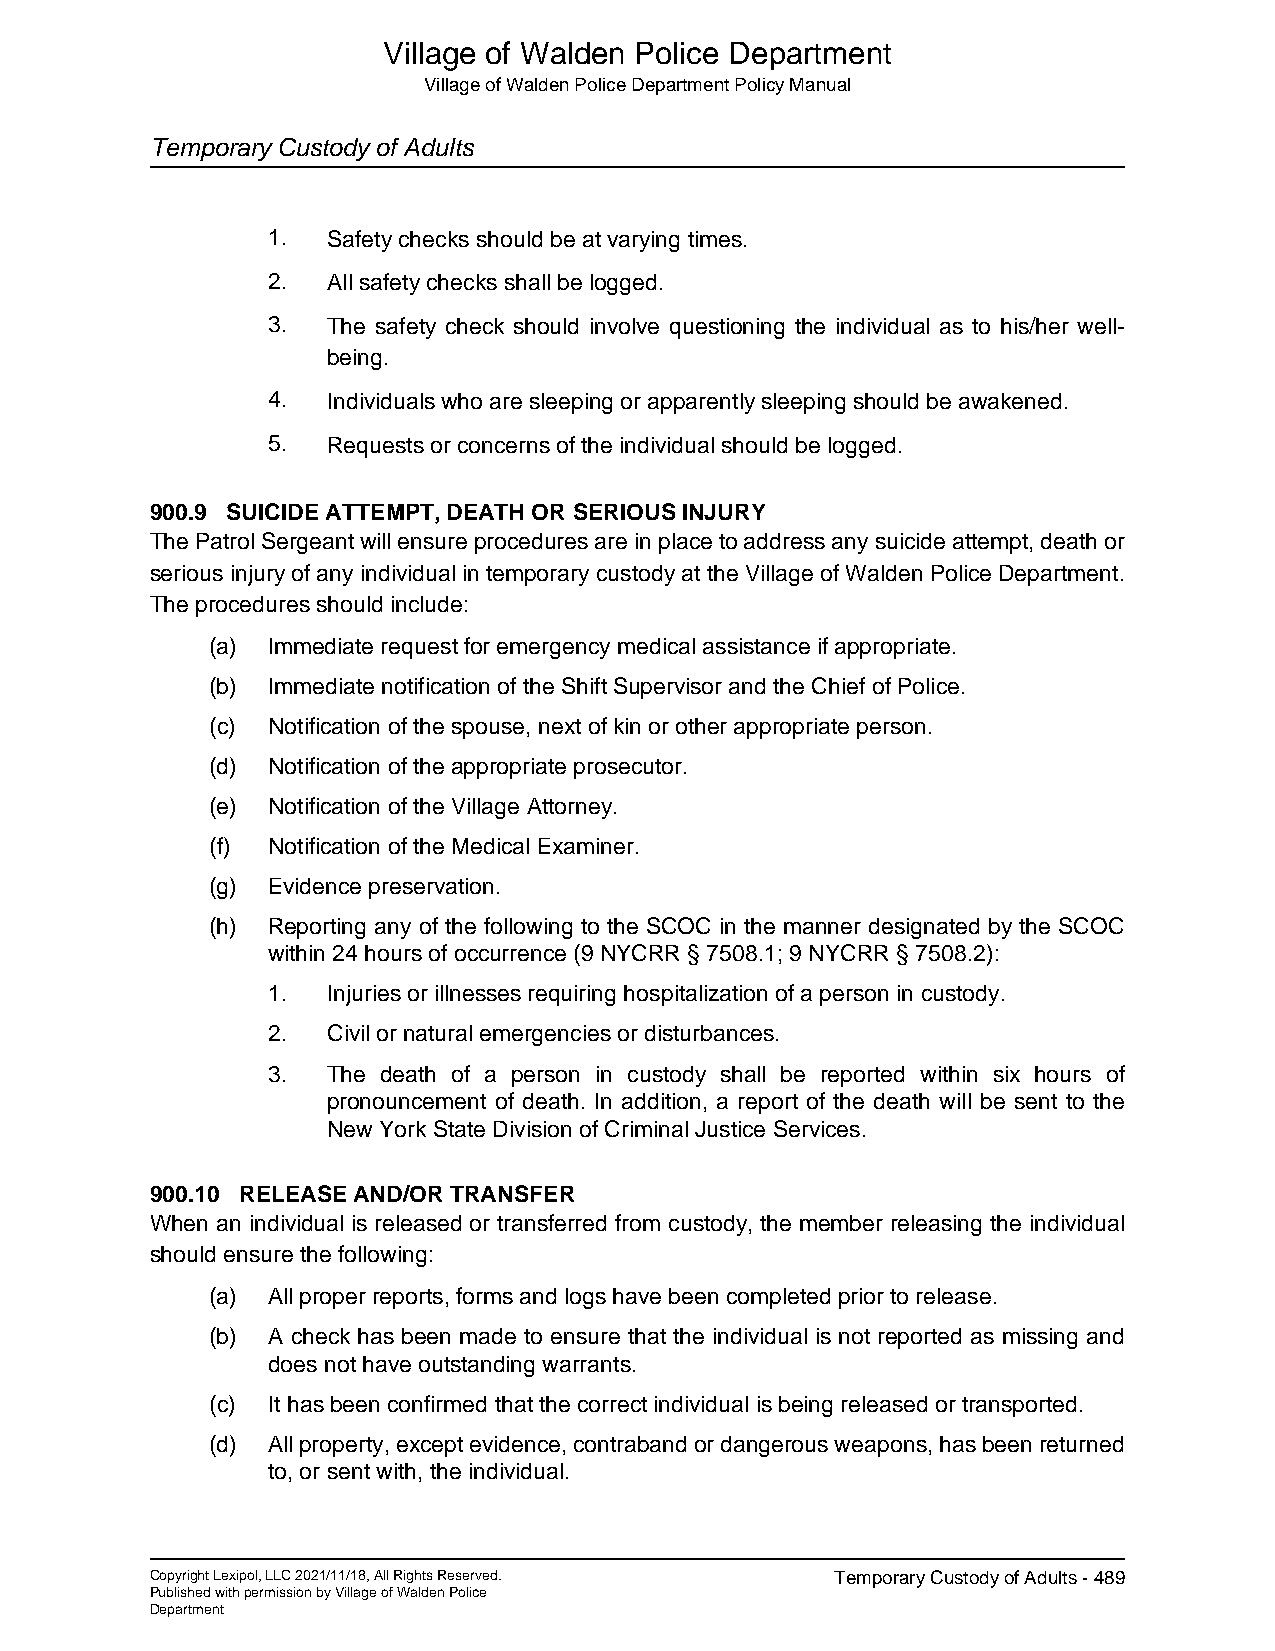
Village of Walden Police Department
 Village of Walden Police Department Policy Manual
 Temporary Custody of Adults
 1.  Safety checks should be at varying times.
 2.  All safety checks shall be logged.
 3.  The safety check should involve questioning the individual as to his/her well-
 being.
 4.  Individuals who are sleeping or apparently sleeping should be awakened.
 5.  Requests or concerns of the individual should be logged.
 900.9 SUICIDE ATTEMPT, DEATH OR SERIOUS INJURY
 The Patrol Sergeant will ensure procedures are in place to address any suicide attempt, death or
 serious injury of any individual in temporary custody at the Village of Walden Police Department.
 The procedures should include:
 (a) Immediate request for emergency medical assistance if appropriate.
 (b) Immediate notification of the Shift Supervisor and the Chief of Police.
 (c) Notification of the spouse, next of kin or other appropriate person.
 (d) Notification of the appropriate prosecutor.
 (e) Notification of the Village Attorney.
 (f) Notification of the Medical Examiner.
 (g) Evidence preservation.
 (h) Reporting any of the following to the SCOC in the manner designated by the SCOC
 within 24 hours of occurrence (9 NYCRR § 7508.1; 9 NYCRR § 7508.2):
 1.  Injuries or illnesses requiring hospitalization of a person in custody.
 2.  Civil or natural emergencies or disturbances.
 3.  The death of a person in custody shall be reported within six hours of
 pronouncement of death. In addition, a report of the death will be sent to the
 New York State Division of Criminal Justice Services.
 900.10 RELEASE AND/OR TRANSFER
 When an individual is released or transferred from custody, the member releasing the individual
 should ensure the following:
 (a) All proper reports, forms and logs have been completed prior to release.
 (b) A check has been made to ensure that the individual is not reported as missing and
 does not have outstanding warrants.
 (c) It has been confirmed that the correct individual is being released or transported.
 (d) All property, except evidence, contraband or dangerous weapons, has been returned
 to, or sent with, the individual.
 Copyright Lexipol, LLC 2021/11/18, All Rights Reserved. Temporary Custody of Adults - 489
 Published with permission by Village of Walden Police
 Department